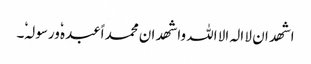
اشھد ان لا الہ الا اللہ واشھد ان محمد اًعبدہٗ ورسولہٗ۔